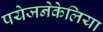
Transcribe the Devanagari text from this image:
पयेजनेकेलिया